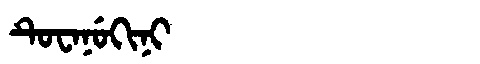
Manchu: ᡨᡠᠸᠠᠨᡠᡴᡳᠨᡳ
Romanization: TUWANUKINI